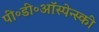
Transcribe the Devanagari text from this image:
पी॰डी॰ऑस्पेन्स्की